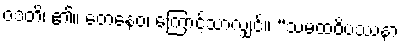
ဝဒတိ၊ ၏။ တေနေဝ၊ ကြောင့်သာလျှင်။ “သမထဝိပဿနာ